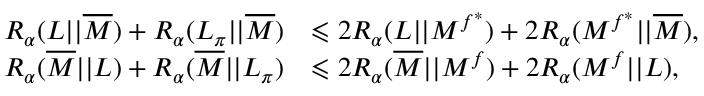
\begin{array} { r l } { R _ { \alpha } ( L | | \overline { { M } } ) + R _ { \alpha } ( L _ { \pi } | | \overline { { M } } ) } & { \leqslant 2 R _ { \alpha } ( L | | M ^ { f ^ { * } } ) + 2 R _ { \alpha } ( M ^ { f ^ { * } } | | \overline { { M } } ) , } \\ { R _ { \alpha } ( \overline { { M } } | | L ) + R _ { \alpha } ( \overline { { M } } | | L _ { \pi } ) } & { \leqslant 2 R _ { \alpha } ( \overline { { M } } | | M ^ { f } ) + 2 R _ { \alpha } ( M ^ { f } | | L ) , } \end{array}